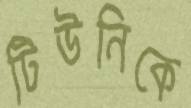
টিউনিকে